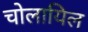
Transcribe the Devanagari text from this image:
चोलायिल